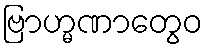
ဗြာဟ္မဏာတွေဝ